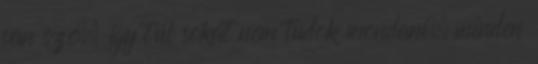
van szó, így túl sokat nem tudok mondani, minden